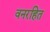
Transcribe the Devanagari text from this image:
वनरहित